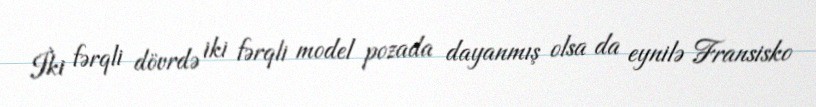
İki fərqli dövrdə iki fərqli model pozada dayanmış olsa da eynilə Fransisko